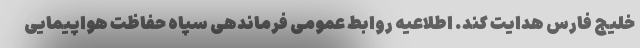
خلیج فارس هدایت کند. اطلاعیه روابط عمومی فرماندهی سپاه حفاظت هواپیمایی